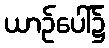
ယာဉ်ပေါ်၌